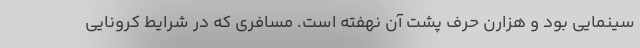
سینمایی بود و هزارن حرف پشت آن نهفته است. مسافری که در شرایط کرونایی